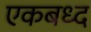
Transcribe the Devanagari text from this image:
एकबध्द